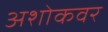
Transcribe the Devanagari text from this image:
अशोकवर